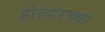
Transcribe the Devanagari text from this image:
होल्डरच्या